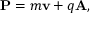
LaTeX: \mathbf { P } = m \mathbf { \mathbf { v } } + q \mathbf { A } ,